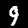
Digit: 9